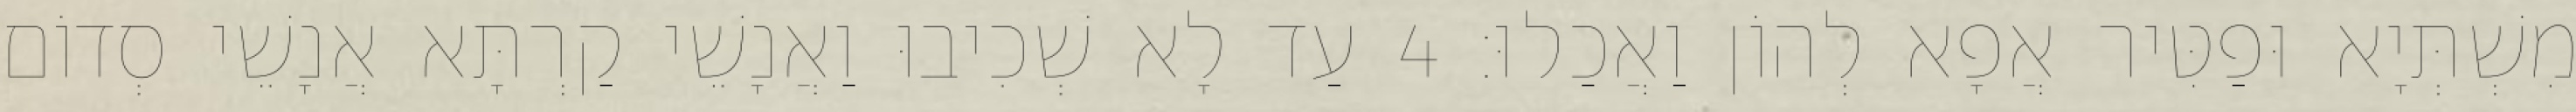
מִשְׁתְּיָא וּפַטִּיר אֲפָא לְהוֹן וַאֲכַלוּ׃ 4 עַד לָא שְׁכִיבוּ וַאֲנָשֵׁי קַרְתָּא אֲנָשֵׁי סְדוֹם